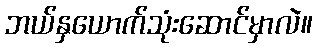
ဘယ်နှယောက်သုံးဆောင်မှာလဲ။